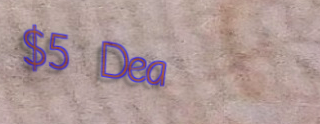
$5 Deal